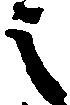
之